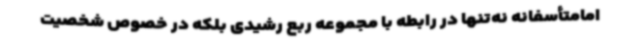
امامتأسفانه نه‌تنها در رابطه با مجموعه ربع رشیدی بلکه در خصوص شخصیت